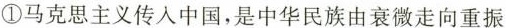
①马克思主义传入中国，是中华民族由衰微走向重振